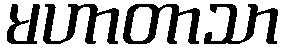
မဟာတာသာ